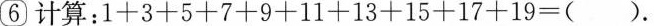
6计算：$$1 + 3 + 5 + 7 + 9 + 1 1 + 1 3 + 1 5 + 1 7 + 1 9 = （）$$.